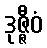
ဒုဇ္ဇီဝံ